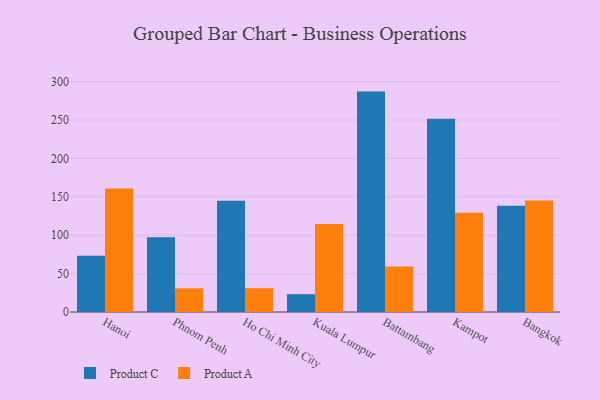
{"axis": {"x": "City", "y": "Backlog"}, "legend": ["Product A", "Product C"], "data": [{"x": "Hanoi", "y": 73.3, "type": "Product C"}, {"x": "Hanoi", "y": 160.7, "type": "Product A"}, {"x": "Phnom Penh", "y": 97.5, "type": "Product C"}, {"x": "Phnom Penh", "y": 30.9, "type": "Product A"}, {"x": "Ho Chi Minh City", "y": 145.0, "type": "Product C"}, {"x": "Ho Chi Minh City", "y": 31.0, "type": "Product A"}, {"x": "Kuala Lumpur", "y": 23.2, "type": "Product C"}, {"x": "Kuala Lumpur", "y": 114.5, "type": "Product A"}, {"x": "Battambang", "y": 287.0, "type": "Product C"}, {"x": "Battambang", "y": 59.2, "type": "Product A"}, {"x": "Kampot", "y": 251.7, "type": "Product C"}, {"x": "Kampot", "y": 129.2, "type": "Product A"}, {"x": "Bangkok", "y": 138.5, "type": "Product C"}, {"x": "Bangkok", "y": 145.3, "type": "Product A"}]}